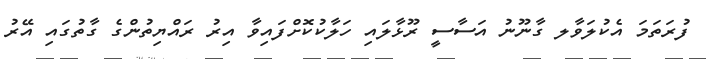
ފުރަތަމަ އެކުލަވާލ ގާނޫނު އަސާސީ ރޫޅާލައި ހަލާކުކޮށްފައިވާ އިރު ރައްޔިތުންގެ ގާތުގައި އޭރު